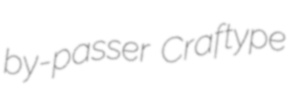
by-passer Craftype